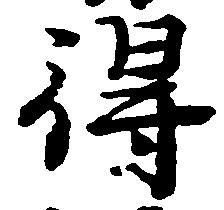
得